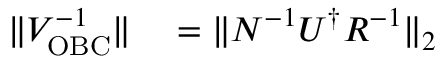
\begin{array} { r l } { \| V _ { \mathrm { O B C } } ^ { - 1 } \| } & { { } = \| N ^ { - 1 } U ^ { \dag } R ^ { - 1 } \| _ { 2 } } \end{array}